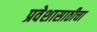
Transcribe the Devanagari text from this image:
प्रवेशासाठीचा